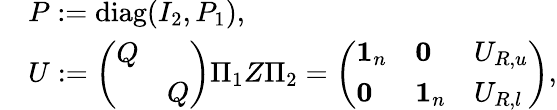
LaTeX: \begin{array}{rl}&{P:=\mathrm{diag}(I_{2},P_{1}),}\\ &{U:=\left(\begin{array}{ll}{Q}&\\ &{Q}\end{array}\right)\Pi_{1}Z\Pi_{2}=\left(\begin{array}{lll}{\mathbf{1}_{n}}&{\mathbf{0}}&{U_{R,u}}\\ {\mathbf{0}}&{\mathbf{1}_{n}}&{U_{R,l}}\end{array}\right),}\end{array}